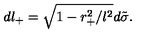
d l _ { + } = \sqrt { 1 - r _ { + } ^ { 2 } / l ^ { 2 } } d \tilde { \sigma } .